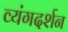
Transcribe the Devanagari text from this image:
व्यंगदर्शन